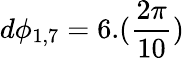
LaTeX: d\phi_{1,7}=6.(\frac{2\pi}{10})